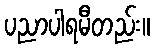
ပညာပါရမီတည်း။